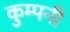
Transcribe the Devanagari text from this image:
कुम्पनी